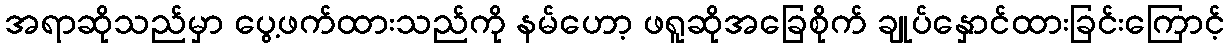
အရာဆိုသည်မှာ ပွေ့ဖက်ထားသည်ကို နမ်ဟော့ ဖရူဆိုအခြေစိုက် ချုပ်နှောင်ထားခြင်းကြောင့်